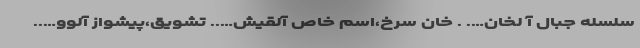
سلسله جبال آ لخان…. . خان سرخ،اسم خاص آلقیش….. تشویق،پیشواز آلوو…..